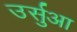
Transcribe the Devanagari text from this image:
उर्सुआ